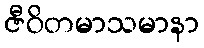
ဇီဝိတမာသမာနာ